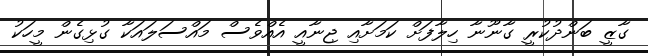
ގާޒީ ބަންދުކުރީ ގާނޫނާ ހިލާފަށް ކަމަށާއި ޖިނާއީ އެއްވެސް މައްސަލައަކާ ގުޅިގެން މީހަކު